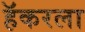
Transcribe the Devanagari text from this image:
हॅकरला